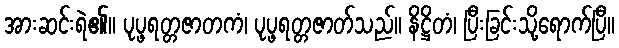
အားဆင်းရဲ၏။ ပုပ္ဖရတ္တဇာတကံ၊ ပုပ္ဖရတ္တဇာတ်သည်။ နိဋ္ဌိတံ၊ ပြီးခြင်းသို့ရောက်ပြီ။